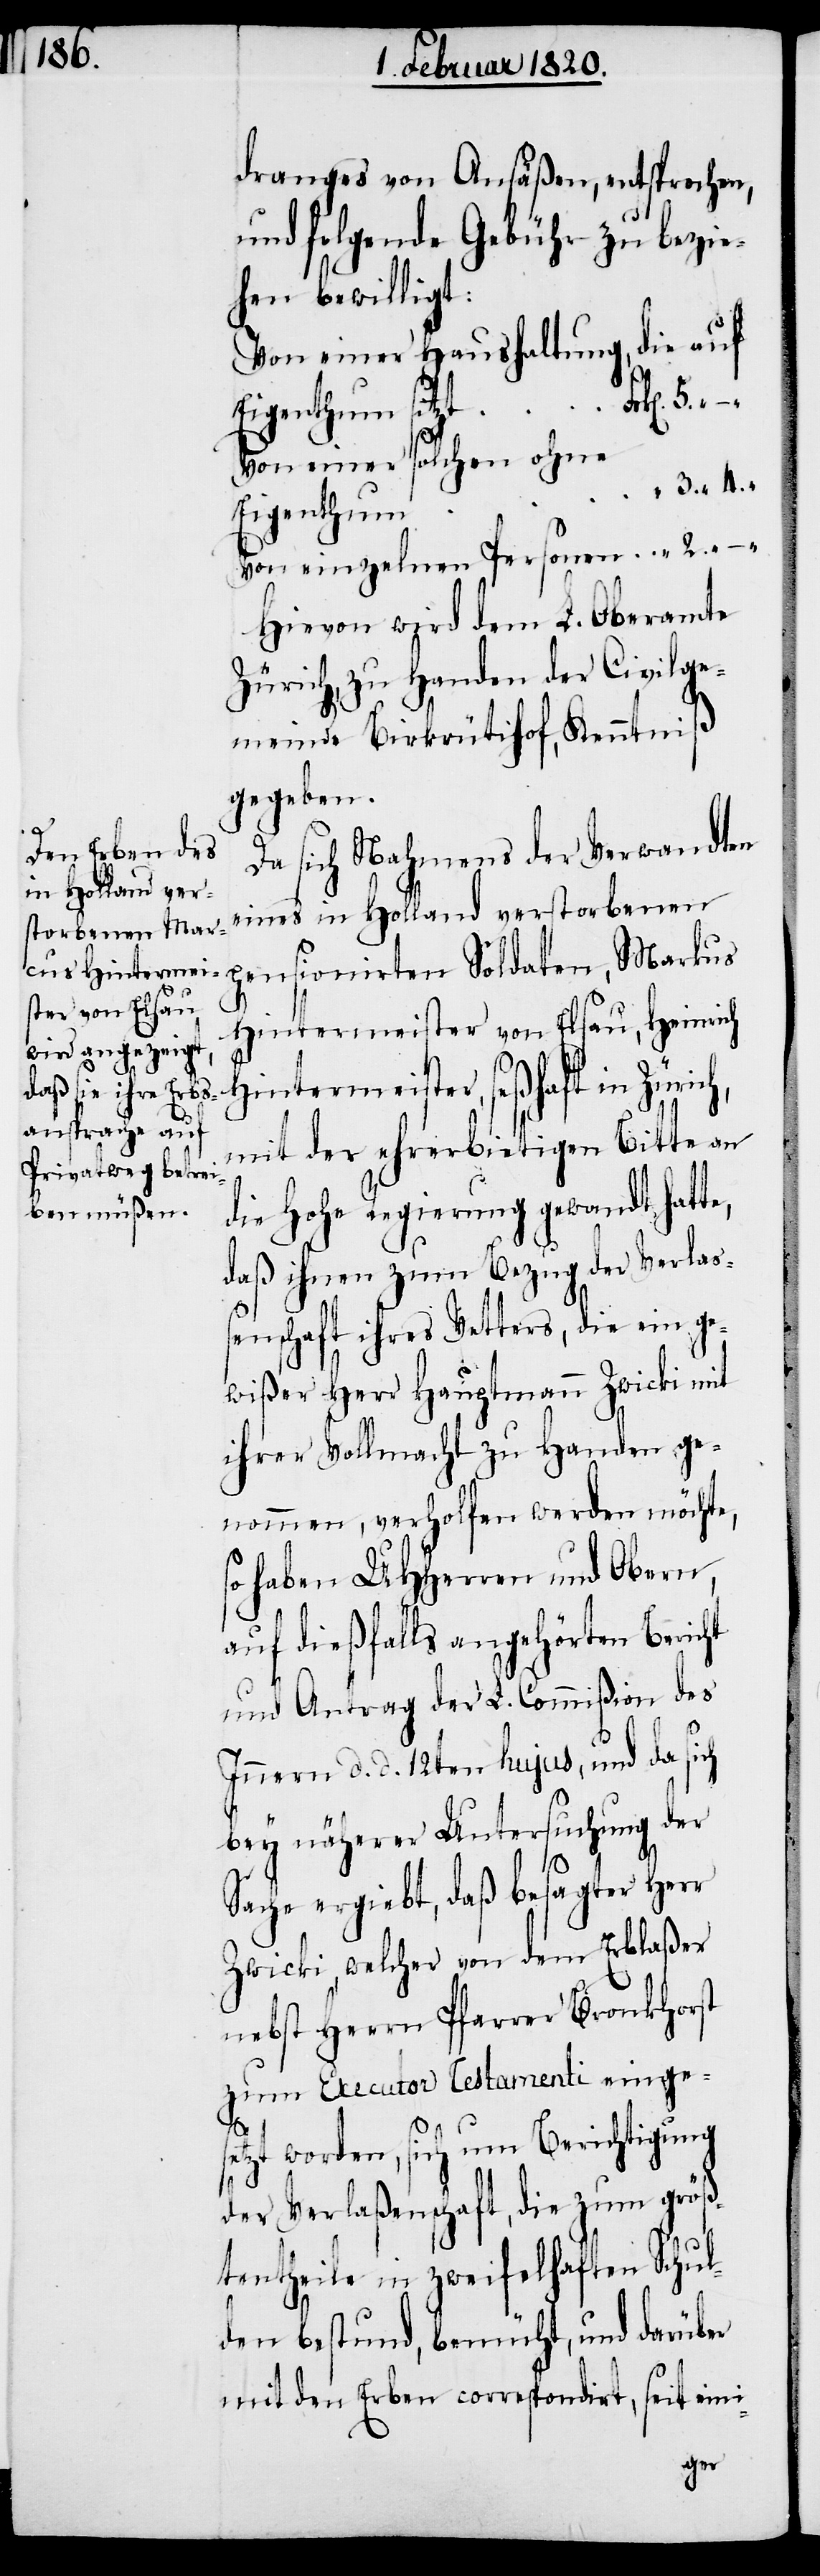
dranges von Ansäßen, entsprochen,
und folgende Gebühr zu bezie¬
hen bewilligt:
Von einer Haushaltung, die auf
Von einer solchen ohne
h,
Eigenthum
Von einzelnen Personen
Hievon wird dem L. Oberamte
Zürich, zu Handen der Civilge¬
meinde Birkrütihof, Kenntniß
gegeben.
Da sich Nahmens der Verwandten
eines in Holland verstorbenen
pensionirten Soldaten, Markus
Hintermeister von Elsau, Heinrich
Hintermeister, seßhaft in Züric¬
mit der ehrerbietigen Bitte an
die Hohe Regierung gewandt hatte,
daß ihnen zum Bezug der Verlaß¬
enschaft ihres Vetters, die ein ge¬
wißer Herr Hauptmann Zwicki mit
ihrer Vollmacht zu Handen ge¬
nommen, verholfen werden möchte,
haben UHHerren und Obern,
auf dießfalls angehörten Bericht
und Antrag der L. Commißion des
Innern d. d. 12ten hujus, und da sich
bey näherer Untersuchung der
Sache ergiebt, daß besagter Herr
Zwicki, welcher von dem Erblaßer
nebst Herrn Pfarrer Bronkhorst
zum Executor Testamenti einges¬
etzt worden, sich um Berichtigung
der Verlaßenschaft, die zum größ¬
tentheile in zweifelhaften Schul¬
den bestund, bemüht, und darüber
mit den Erben correspondirt, seit eini-